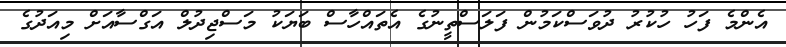
އެންމެ ފަހު ހުކުރު ދުވަސްކަމުން ފަލަސްތީނުގެ އެތައްހާސް ބަޔަކު މަސްޖިދުލް އަގްސާއަށް މިއަދުގެ